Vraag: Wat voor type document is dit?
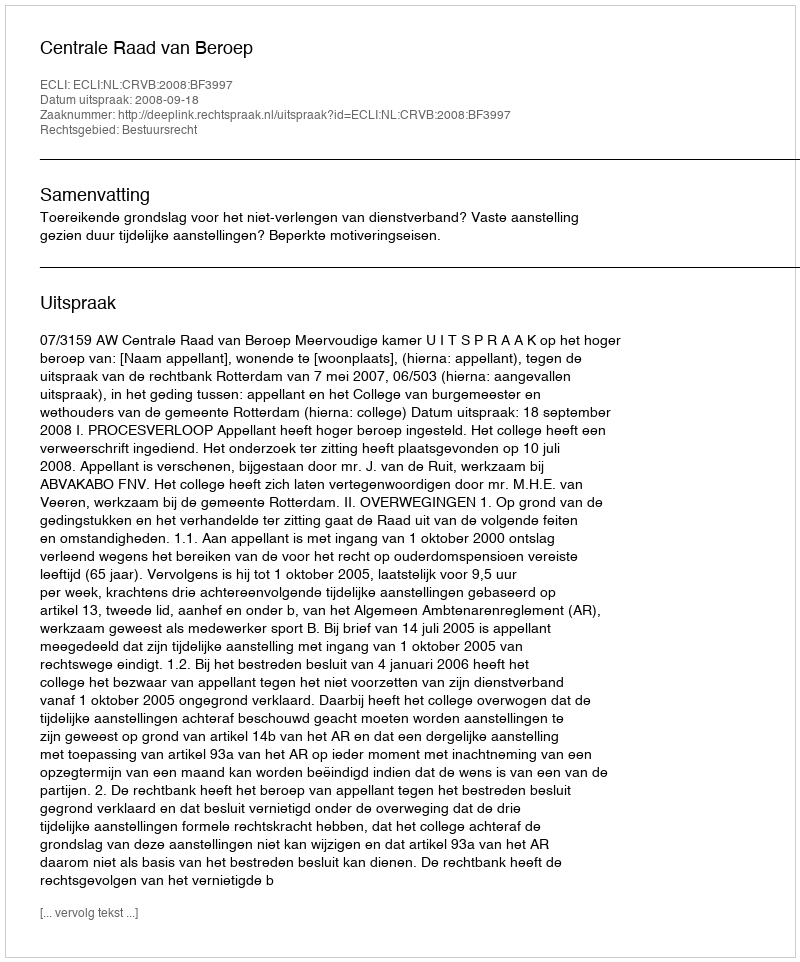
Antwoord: Uitspraak